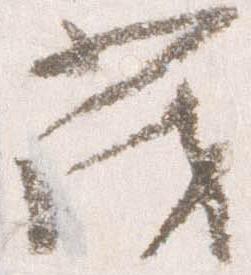
茂